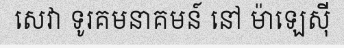
សេវា ទូរគមនាគមន៍ នៅ ម៉ាឡេស៊ី